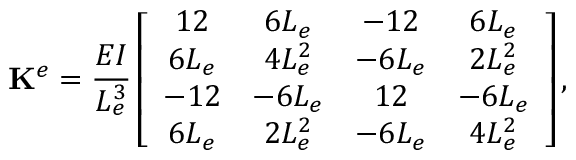
\mathbf { K } ^ { e } = \frac { E I } { L _ { e } ^ { 3 } } \left[ \begin{array} { c c c c } { 1 2 } & { 6 L _ { e } } & { - 1 2 } & { 6 L _ { e } } \\ { 6 L _ { e } } & { 4 L _ { e } ^ { 2 } } & { - 6 L _ { e } } & { 2 L _ { e } ^ { 2 } } \\ { - 1 2 } & { - 6 L _ { e } } & { 1 2 } & { - 6 L _ { e } } \\ { 6 L _ { e } } & { 2 L _ { e } ^ { 2 } } & { - 6 L _ { e } } & { 4 L _ { e } ^ { 2 } } \end{array} \right] ,